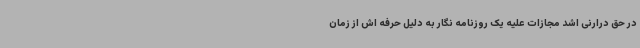
در حق درارنی اشد مجازات علیه یک روزنامه نگار به دلیل حرفه اش از زمان